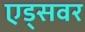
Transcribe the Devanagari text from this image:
एड्‌सवर